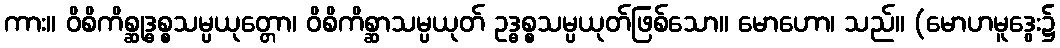
ကား။ ဝိစိကိစ္ဆုဒ္ဓစ္စသမ္ပယုတ္တော၊ ဝိစိကိစ္ဆာသမ္ပယုတ် ဥဒ္ဓစ္စသမ္ပယုတ်ဖြစ်သော။ မောဟော၊ သည်။ (မောဟမူဒွေး၌